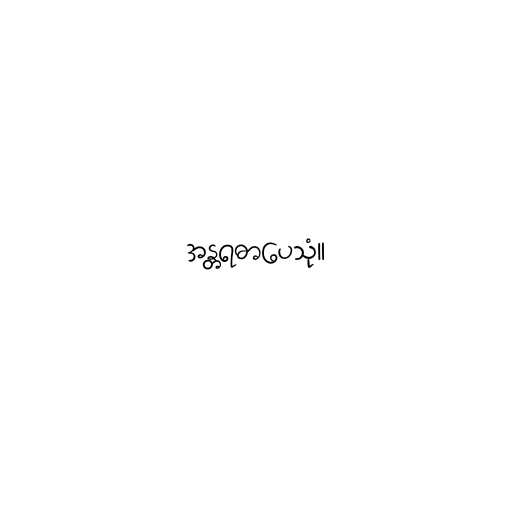
အန္တရဓာပေသုံ။